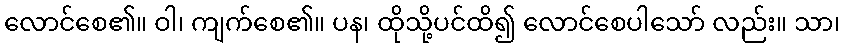
လောင်စေ၏။ ဝါ၊ ကျက်စေ၏။ ပန၊ ထိုသို့ပင်ထိ၍ လောင်စေပါသော် လည်း။ သာ၊